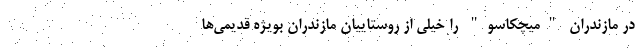
در مازندران "میچکاسو" را خیلی از روستاییان مازندران بویژه قدیمی‌ها